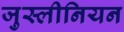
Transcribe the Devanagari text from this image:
जुस्लीनियन